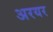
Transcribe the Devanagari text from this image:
अरयर